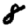
Digit: 8